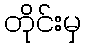
တိုင်းမှ